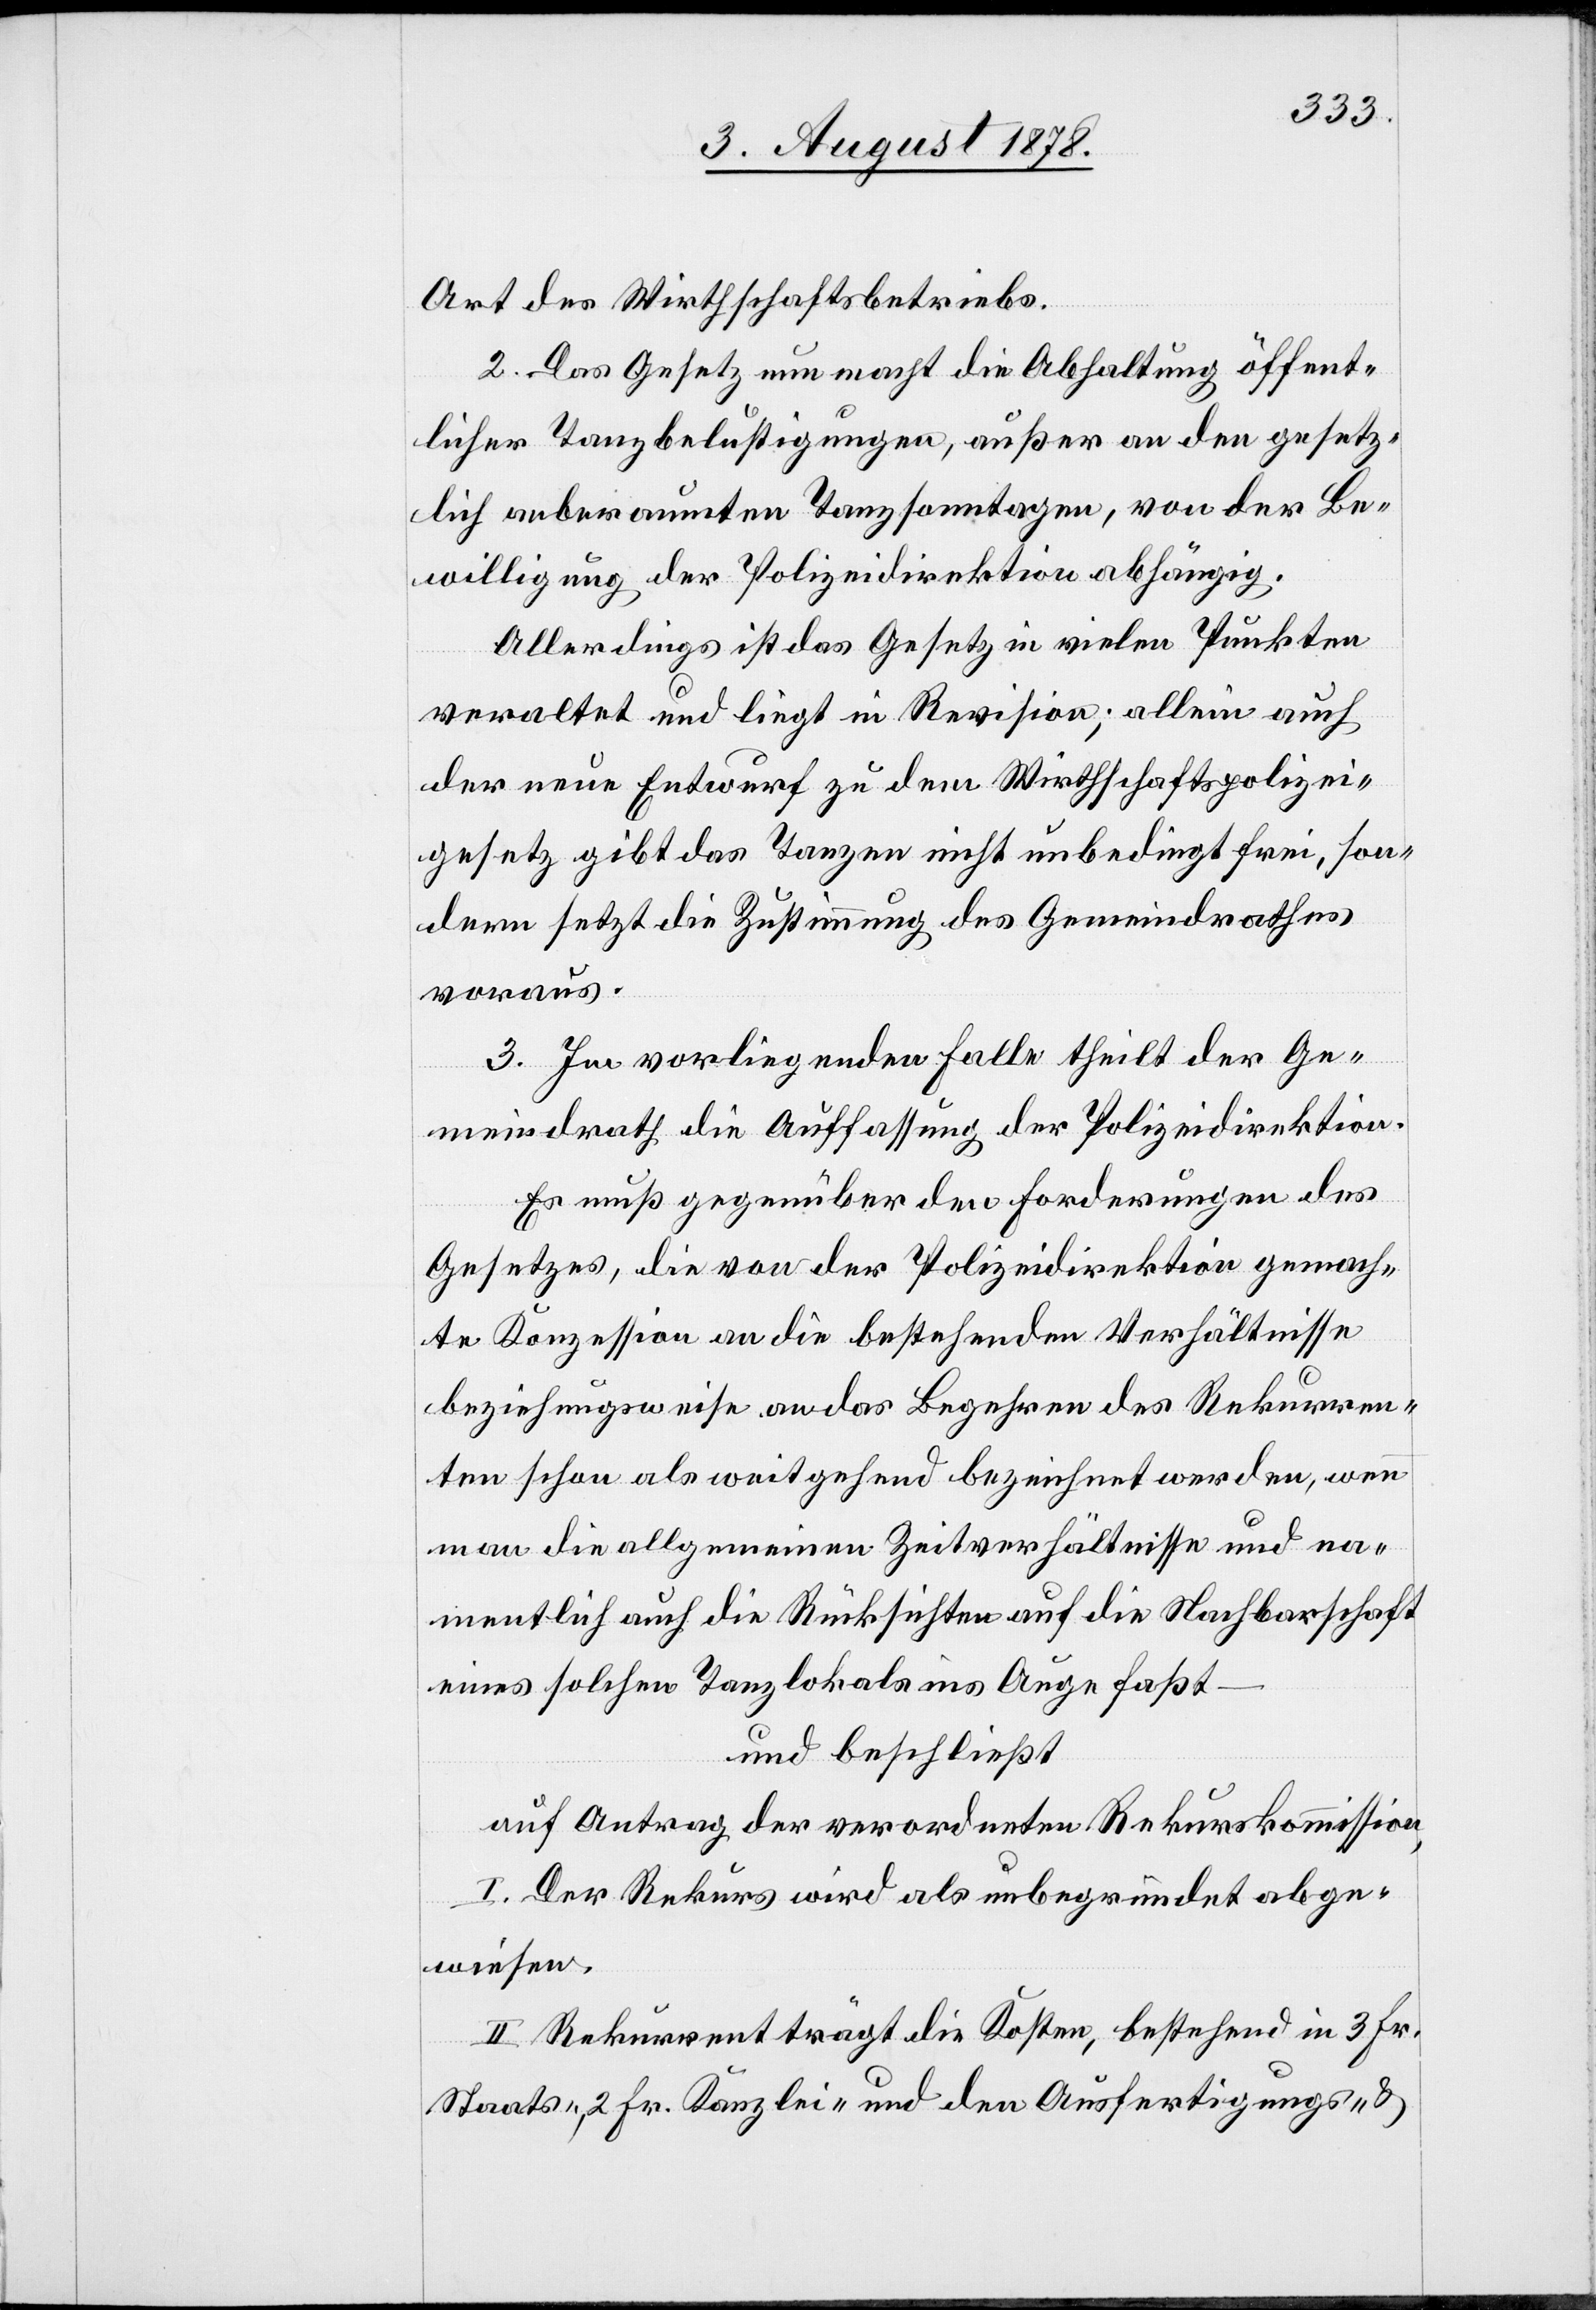
Art des Wirthschaftsbetriebs.
2. Das Gesetz nun macht die Abhaltung öffent¬
licher Tanzbelustigungen, außer an den gesetz¬
lich anberaumten Tanzsonntagen, von der Be¬
willigung der Polizeidirektion abhängig.
Allerdings ist das Gesetz in vielen Punkten
veraltet und liegt in Revision; allein auch
der neue Entwurf zu dem Wirthschaftspolizei¬
gesetz gibt das Tanzen nicht unbedingt frei, son¬
dern setzt die Zustimmung des Gemeindrathes
voraus.
3. Im vorliegenden Falle theilt der Ge¬
meindrath die Auffassung der Polizeidirektion.
Es muß gegenüber den Forderungen des
Gesetzes, die von der Polizeidirektion gemach¬
te Konzession an die bestehenden Verhältnisse
beziehungsweise an das Begehren des Rekurren¬
ten schon als weitgehend bezeichnet werden, wenn
man die allgemeinen Zeitverhältnisse und na¬
mentlich auch die Rücksichten auf die Nachbarschaft
eines solchen Tanzlokals ins Auge faßt –
und beschließt
auf Antrag der verordneten Rekurskommission,
I. Der Rekurs wird als unbegründet abge¬
wiesen.
II. Rekurrent trägt die Kosten, bestehend in 3 Fr.
Staats-, 2 Fr. Kanzlei- und den Ausfertigungs- &